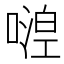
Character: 𠽇